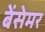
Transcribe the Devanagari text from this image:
बेंसेमर